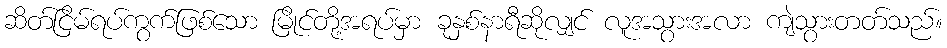
ဆိတ်ငြိမ်ရပ်ကွက်ဖြစ်သော မြိုင်တို့အရပ်မှာ ခုနှစ်နာရီဆိုလျှင် လူအသွားအလာ ကျဲသွားတတ်သည်။